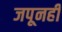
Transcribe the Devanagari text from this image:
जपूनही